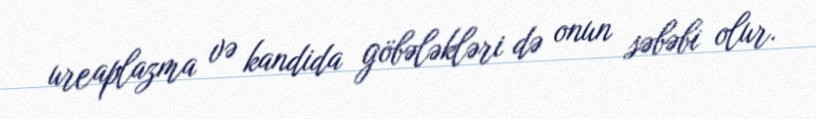
ureaplazma və kandida göbələkləri də onun səbəbi olur.